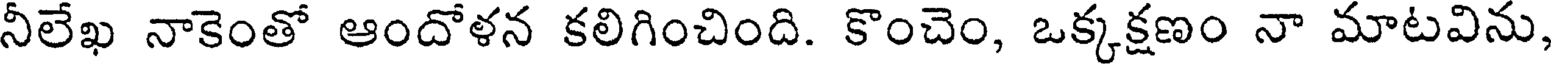
నీలేఖ నాకెంతో ఆందోళన కలిగించింది. కొంచెం, ఒక్కక్షణం నా మాటవిను,